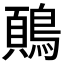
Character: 𬷢